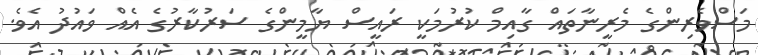
މަސްވެރިންގެ މެރީނާތައް ގާއިމް ކުރުމަކީ ރައީސް ޔާމީންގެ ސަރުކާރުގެ އެއް ވައުދު އެވެ.